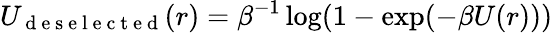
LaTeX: U_{\mathrm{~d~e~s~e~l~e~c~t~e~d~}}(r)=\beta^{-1}\log(1-\exp(-\beta U(r)))